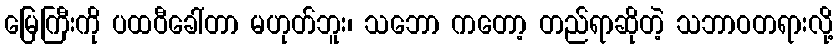
မြေကြီးကို ပထဝီခေါ်တာ မဟုတ်ဘူး၊ သဘော ကတော့ တည်ရာဆိုတဲ့ သဘာဝတရားလို့